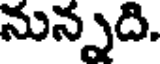
నున్నది.